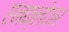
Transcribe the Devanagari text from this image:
एनक्लोजर